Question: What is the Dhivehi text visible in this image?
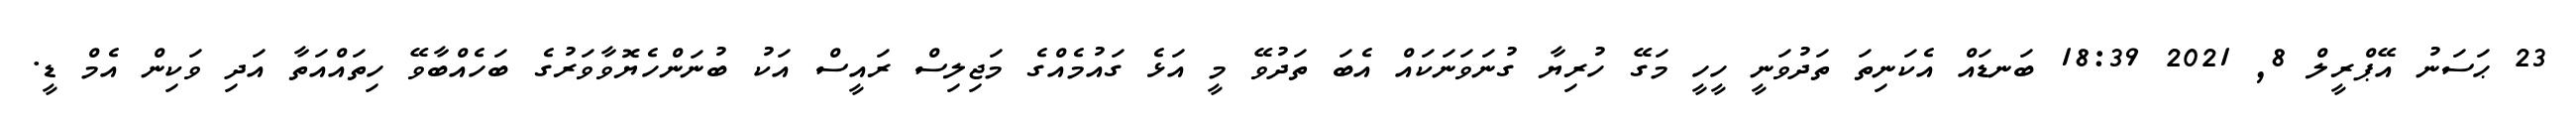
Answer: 23 ޙަސަނު އޭޕްރީލް 8, 2021 18:39 ބަނޑައް އެކަނިތަ ތަދުވަނީ ހީހީ މަގޭ ހުރިޔާ ގުނަވަނަކައް އެބަ ތަދުވޭ މީ އަޅެ ގައުމެއްގެ މަޖިލިސް ރައީސް އަކު ބުނަންހެޔޮވާވަރުގެ ބަހެއްބާވޭ ހިތައްއަތާ އަދި ވަކިން އެމް ޑީ.